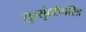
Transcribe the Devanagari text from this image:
सुरसुंदरीचरित्र